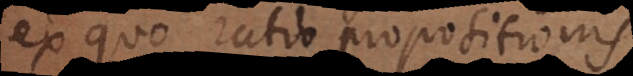
ex quo ratio propositionis